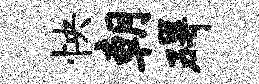
怏朝碍